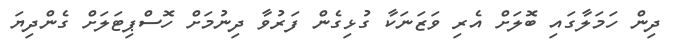
ދިން ހަމަލާގައި ބޮލަށް އެރި ވަޒަނަކާ ގުޅިގެން ފަރުވާ ދިނުމަށް ހޮސްޕިޓަލަށް ގެންދިޔަ